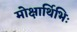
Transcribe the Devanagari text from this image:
मोक्षार्थिभिः